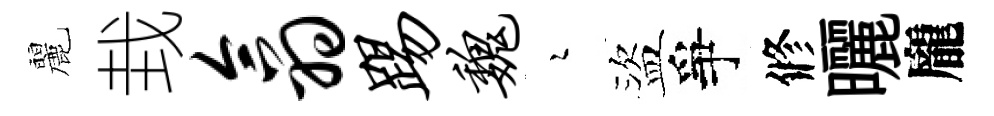
麗㘽翕踢魏瑟盜爭修曬龐